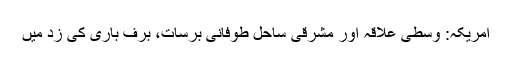
امریکہ: وسطی علاقہ اور مشرقی ساحل طوفانی برسات، برف باری کی زد میں